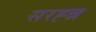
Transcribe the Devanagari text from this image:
सरह्न्न